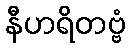
နီဟရိတဗ္ဗံ